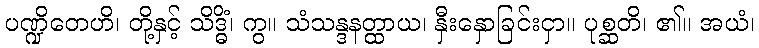
ပဏ္ဍိတေဟိ၊ တို့နှင့် သိဒ္ဓိံ၊ ကွ။ သံသန္ဒနတ္ထာယ၊ နှီးနှောခြင်းငှာ။ ပုစ္ဆတိ၊ ၏။ အယံ၊